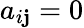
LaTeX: a_{i\mathbf{j}}=0